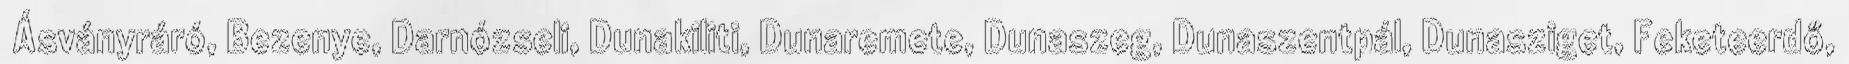
▪Ásványráró, Bezenye, Darnózseli, Dunakiliti, Dunaremete, Dunaszeg, Dunaszentpál, Dunasziget, Feketeerdő,